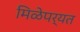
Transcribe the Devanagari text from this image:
मिळेपर्यत